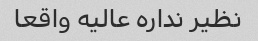
نظیر نداره عالیه واقعا